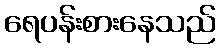
ရေပန်းစားနေသည်